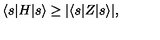
\langle s | H | s \rangle \geq | \langle s | Z | s \rangle | ,